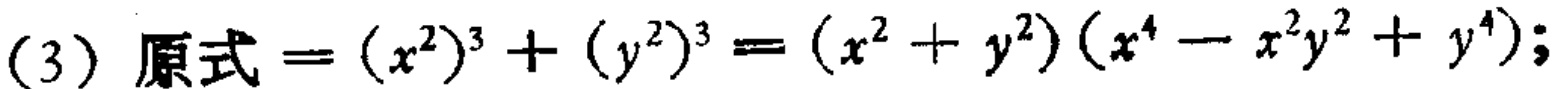
(3) 原式\(=(x^{2})^{3}+(y^{2})^{3}=(x^{2}+y^{2})(x^{4}-x^{2}y^{2}+y^{4})\);